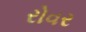
રોવર